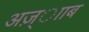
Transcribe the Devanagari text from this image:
अज़्ााब